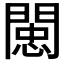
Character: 𨵖